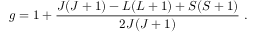
g = 1 + \frac { J ( J + 1 ) - L ( L + 1 ) + S ( S + 1 ) } { 2 J ( J + 1 ) } \; .